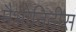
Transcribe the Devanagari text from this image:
मैभोनिदीस